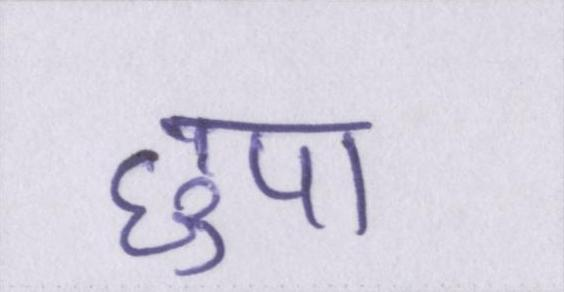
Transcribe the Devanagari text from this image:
छुपा